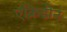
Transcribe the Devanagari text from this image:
एक्रिडीन